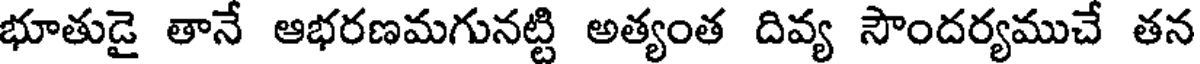
భూతుడై తానే ఆభరణమగునట్టి అత్యంత దివ్య సౌందర్యముచే తన